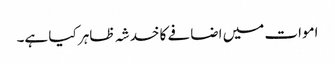
اموات میں اضافے کا خدشہ ظاہر کیا ہے۔